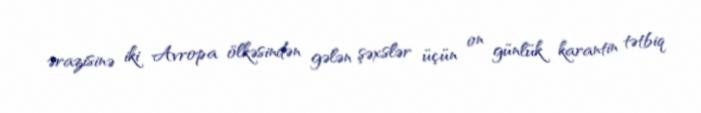
ərazisinə iki Avropa ölkəsindən gələn şəxslər üçün on günlük karantin tətbiq